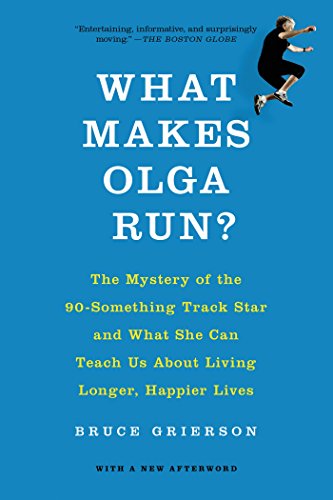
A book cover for What Makes Olga Run?: The Mystery of the 90-Something Track Star and What She Can Teach Us About Living Longer, Happier Lives; Bruce Grierson; Politics & Social Sciences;